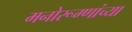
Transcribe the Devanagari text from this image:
मनोरूग्णांच्या